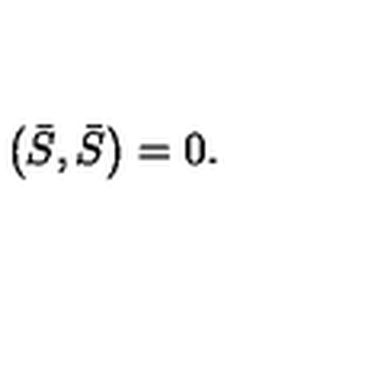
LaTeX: \left( \bar { S } , \bar { S } \right) = 0 .